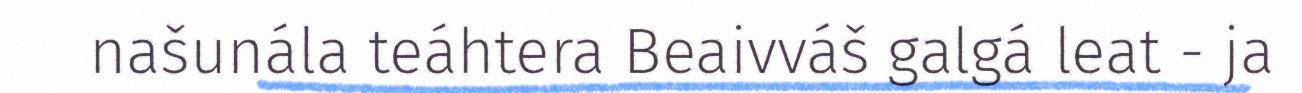
našunála teáhtera Beaivváš galgá leat - ja